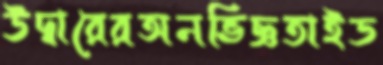
উদ্বারেরঅনভিজ্ঞতাইড